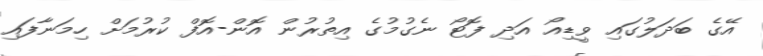
އޭގެ ބަދަލުގައި ވީޑިއޯ އަދި ފޮޓޯ ނެގުމުގެ އިތުރުން އޮން-އޮފް ކުރުމަށް ހިމަނާފައި